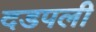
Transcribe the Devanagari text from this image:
दडपली